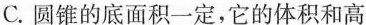
C.圆锥的底面积一定，它的体积和高